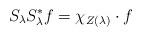
LaTeX: \begin{align*}S_\lambda S_\lambda^* f = \chi_{Z(\lambda)} \cdot f \end{align*}